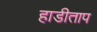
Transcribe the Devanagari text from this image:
हाडीताप